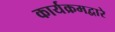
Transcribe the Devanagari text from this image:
कार्यक्रमद्वारे